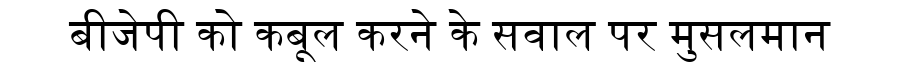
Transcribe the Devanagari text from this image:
बीजेपी को कबूल करने के सवाल पर मुसलमान